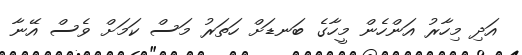
އަދި މިހާރު އަންހެން މީހާގެ ބަނޑަށް ހަތަރު މަސް ކަމަށް ވެސް އޭނާ